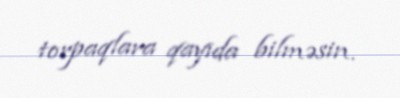
torpaqlara qayıda bilməsin.